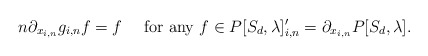
\begin{align*} n\partial_{x_{i,n}}g_{i,n} f=f\ \ \ \mbox{ for any }f\in P[S_{d},\lambda]_{i,n}'=\partial_{x_{i,n}}P[S_{d},\lambda].\end{align*}